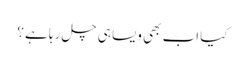
کیا اب بھی ویسا ہی چل رہا ہے ؟